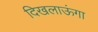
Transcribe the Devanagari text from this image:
दिखलाऊंगा